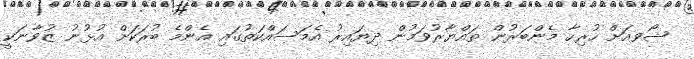
ޝޯވއަށް ހުރިހާ މެންބަރުން ތައްޔާރުވަމުން ދިޔައިރު އެމަސައްކަތުގައި އެންމެ ބުރަކަށް އުޅުނު ޒުވާނަކީ